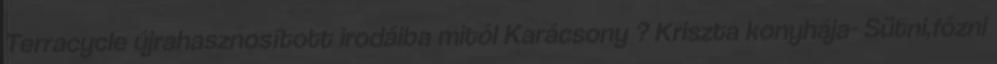
Terracycle újrahasznosított irodáiba mitől Karácsony ? Kriszta konyhája- Sütni,főzni